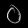
Digit: ၀